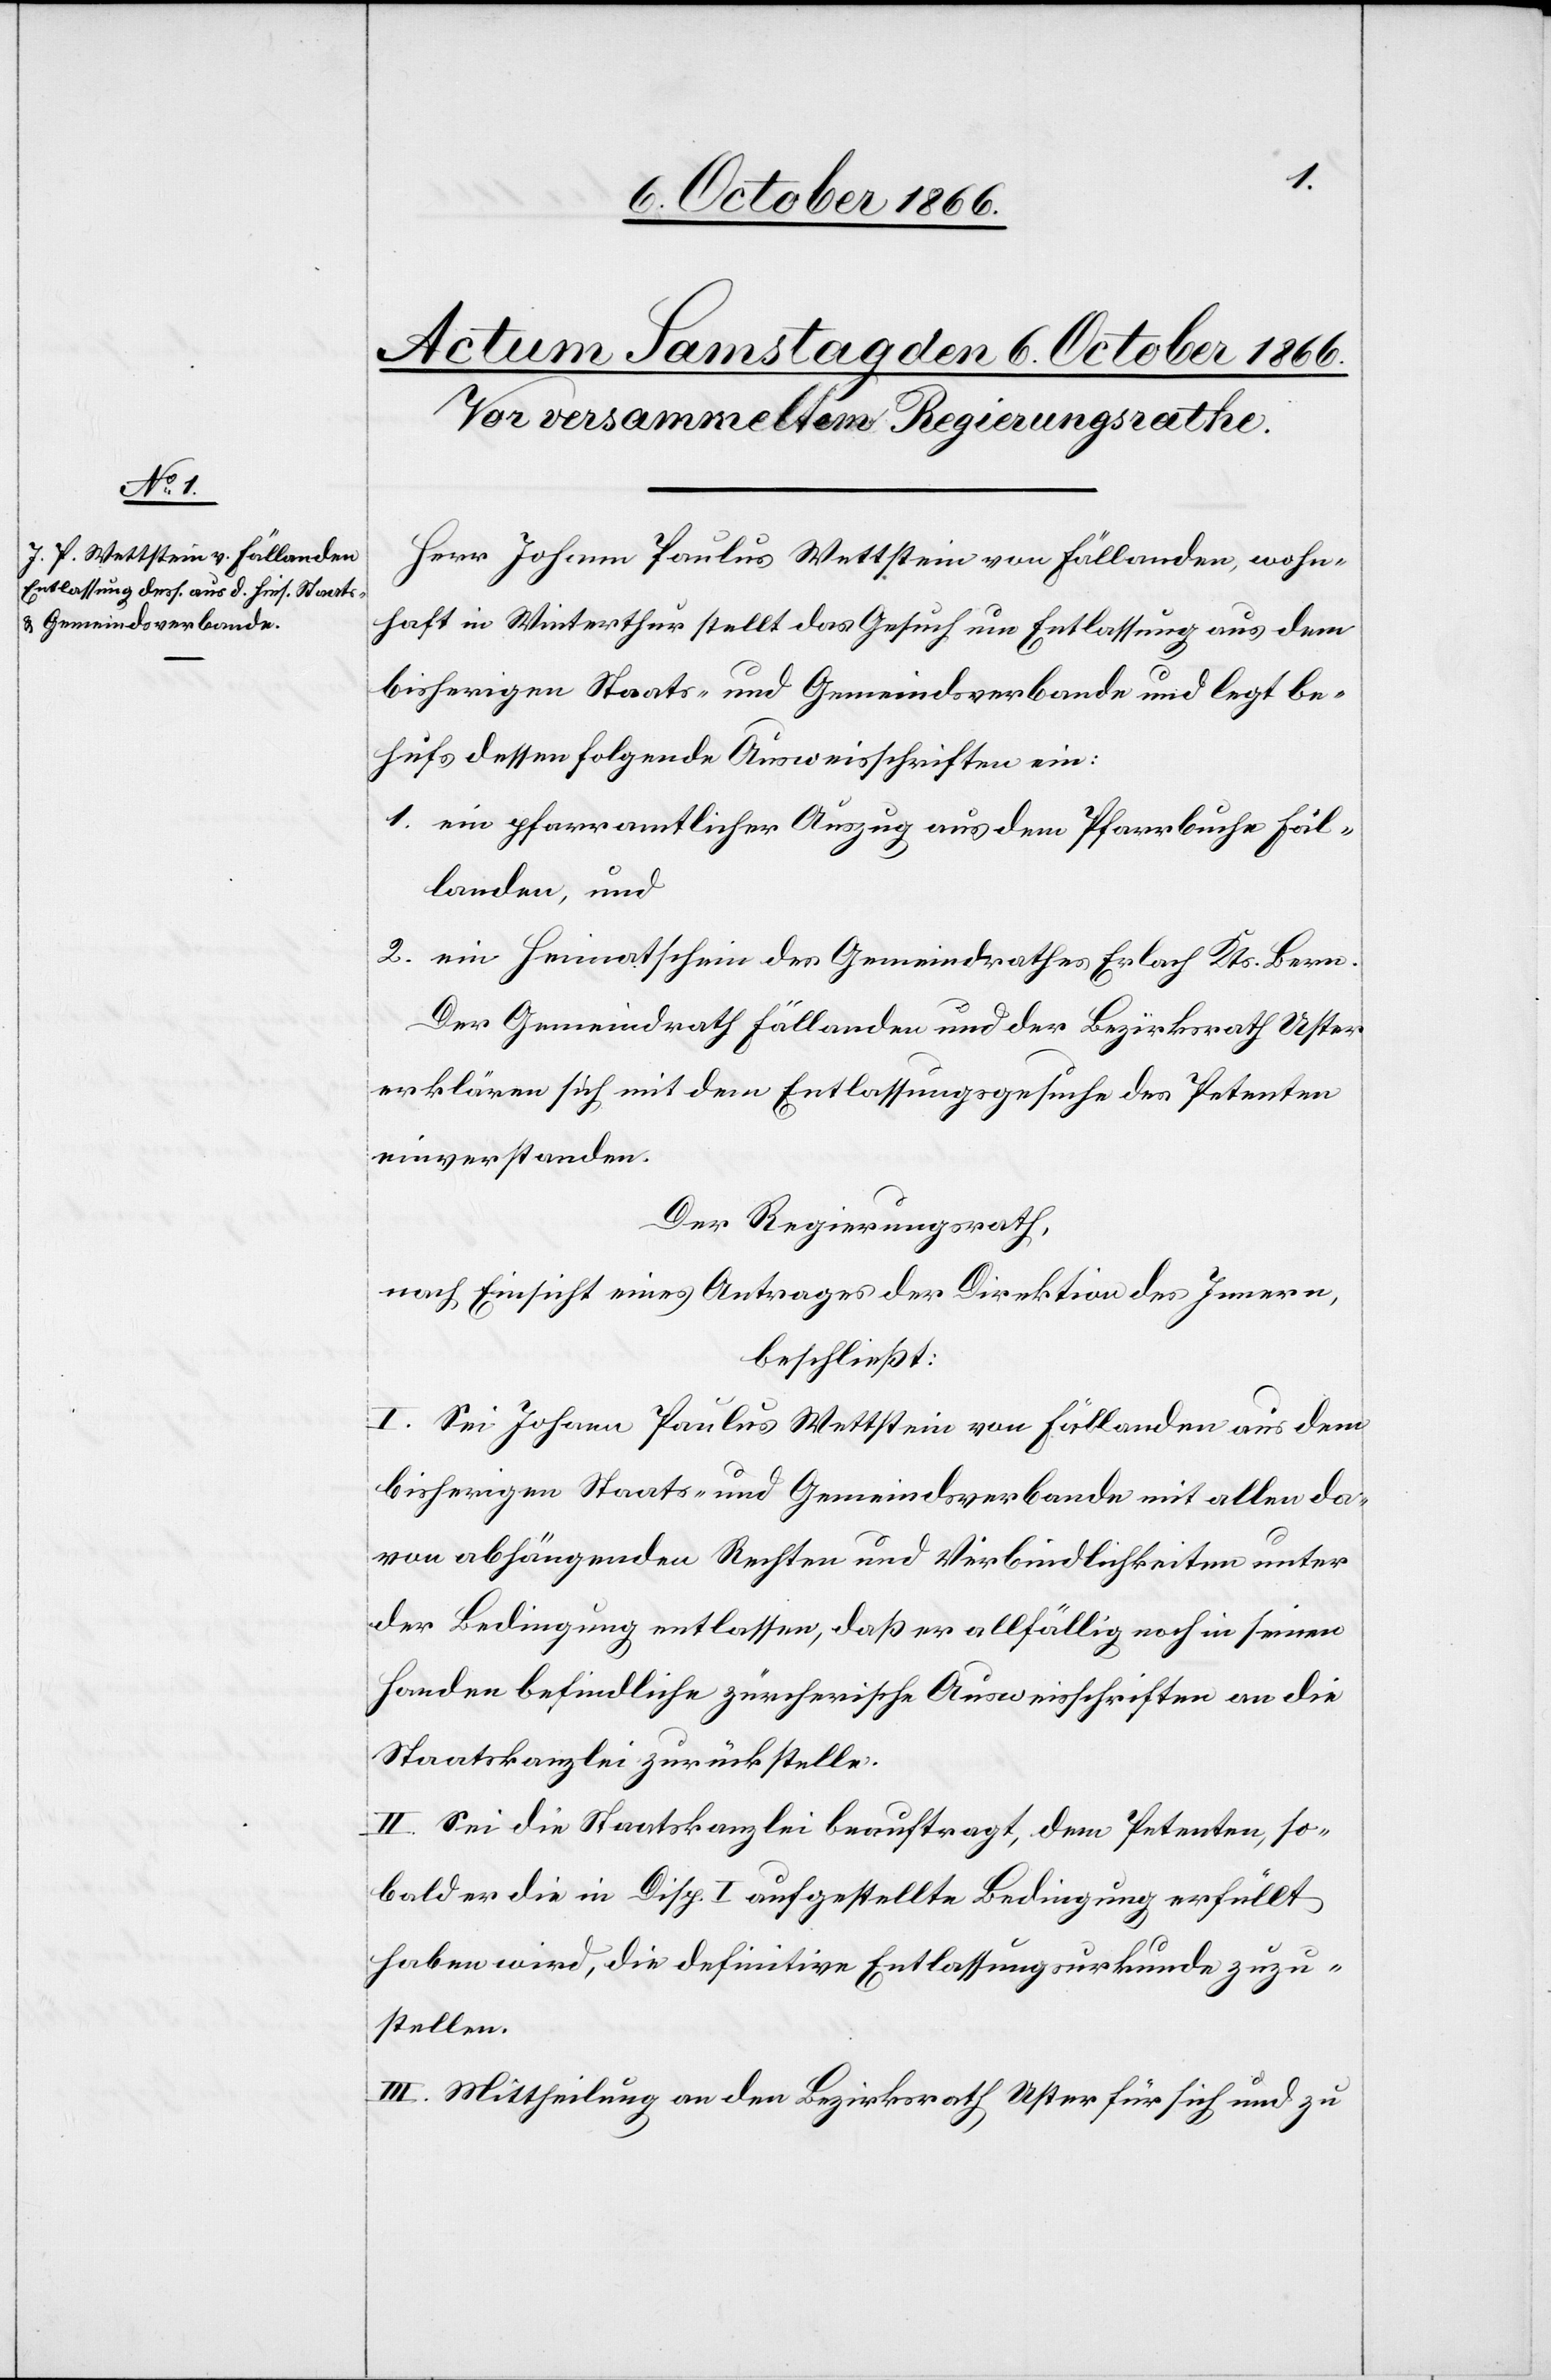
Herr Johann Paulus Wettstein von Fällanden, wohn¬
haft in Winterthur stellt das Gesuch um Entlassung aus dem
bisherigen Staats- und Gemeindsverbande und legt be¬
hufs dessen folgende Ausweisschriften ein:
1. ein pfarramtlicher Auszug aus dem Pfarrbuche Fäl¬
landen, und
2. ein Heimatschein des Gemeindrathes Erlach Kts. Bern.
Der Gemeindrath Fällanden und der Bezirksrath Uster
erklären sich mit dem Entlassungsgesuche des Petenten
einverstanden.
Der Regierungsrath,
nach Einsicht eines Antrages der Direktion des Innern,
beschließt:
I. Sei Johann Paulus Wettstein von Fällanden aus dem
bisherigen Staats- und Gemeindsverbande mit allen da¬
von abhängenden Rechten und Verbindlichkeiten unter
der Bedingung entlassen, daß er allfällig noch in seinen
Handen befindliche zürcherische Ausweisschriften an die
Staatskanzlei zurückstelle.
II. Sei die Staatskanzlei beauftragt, dem Petenten, so¬
bald er die in Disp. I aufgestellte Bedingung erfüllt
haben wird, die definitive Entlassungsurkunde zuzu¬
stellen.
III. Mittheilung an den Bezirksrath Uster für sich und